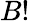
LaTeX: B!